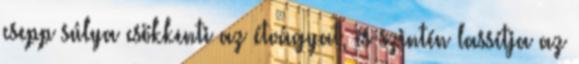
csepp súlya csökkenti az étvágyat, és szintén lassítja az